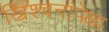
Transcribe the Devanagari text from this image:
ख्रिश्चनांपेक्षा